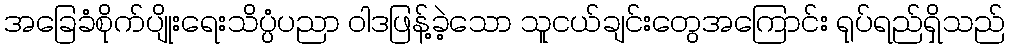
အခြေခံစိုက်ပျိုးရေးသိပ္ပံပညာ ဝါဒဖြန့်ခဲ့သော သူငယ်ချင်းတွေအကြောင်း ရုပ်ရည်ရှိသည်